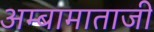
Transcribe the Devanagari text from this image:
अम्बामाताजी